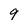
Character: 9